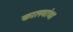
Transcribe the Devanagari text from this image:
कालवांचा